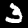
Digit: 3